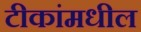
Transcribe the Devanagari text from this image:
टीकांमधील